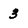
Character: 3